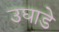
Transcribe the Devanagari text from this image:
उघाडे